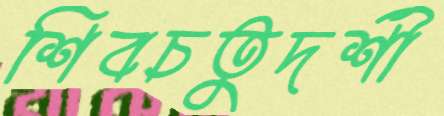
শিবচতুদর্শী